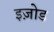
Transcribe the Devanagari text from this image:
इज़ोड